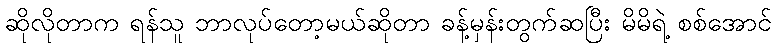
ဆိုလိုတာက ရန်သူ ဘာလုပ်တော့မယ်ဆိုတာ ခန့်မှန်းတွက်ဆပြီး မိမိရဲ့ စစ်အောင်